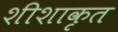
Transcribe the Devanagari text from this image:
शीशाकृत